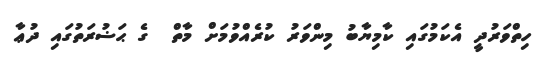
ހިތްވަރުދީ އެކަމުގައި ކާމިޔާބު މިންވަރު ކުރެއްވުމަށް މާތް  ގެ ޙަޟުރަތުގައި ދުޢާ